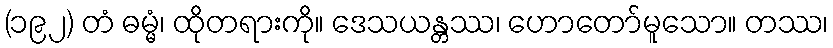
(၁၉၂) တံ ဓမ္မံ၊ ထိုတရားကို။ ဒေသယန္တဿ၊ ဟောတော်မူသော။ တဿ၊